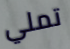
تملي